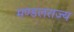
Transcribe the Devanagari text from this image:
मण्डलराज्य